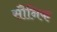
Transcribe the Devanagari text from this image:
सौनिक